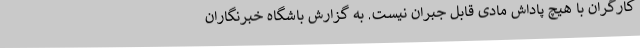
کارگران با هیچ پاداش مادی قابل جبران نیست. به گزارش باشگاه خبرنگاران